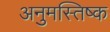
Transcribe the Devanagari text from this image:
अनुमस्तिष्‍क